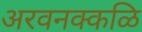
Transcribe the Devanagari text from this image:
अरवनक्कळि